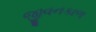
જીવનકાળ